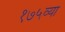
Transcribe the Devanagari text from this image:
१७५व्या